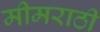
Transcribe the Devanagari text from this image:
मीमराठी